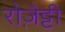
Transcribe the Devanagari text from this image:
रोज़ेट्टी